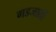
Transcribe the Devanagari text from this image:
गडजातों